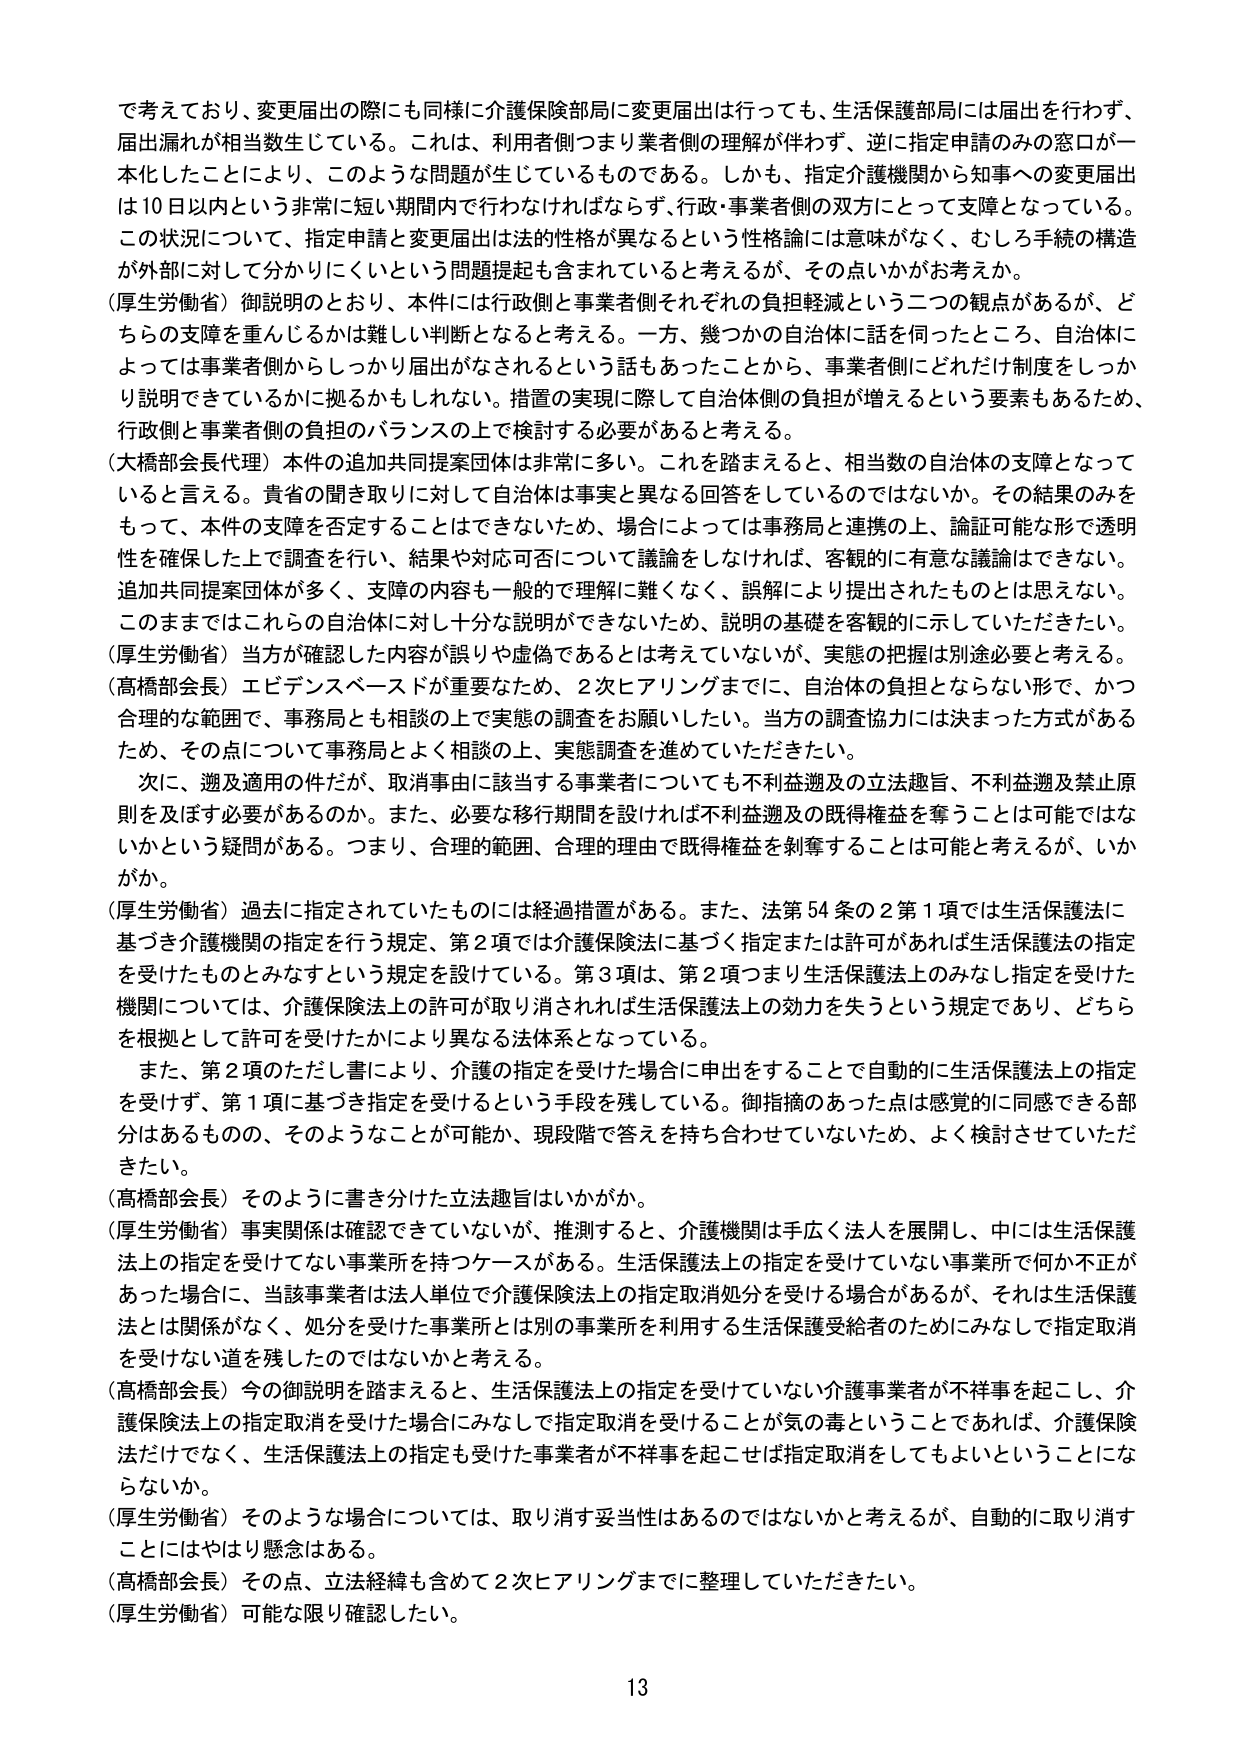
で考えており、変更届出の際にも同様に介護保険部局に変更届出は行っても、生活保護部局には届出を行わず、届出漏れが相当数生じている。これは、利用者側つまり業者側の理解が伴わず、逆に指定申請のみの窓口が一本化したことにより、このような問題が生じているものである。しかも、指定介護機関から知事への変更届出は10日以内という非常に短い期間内で行わなければならないず、行政・事業者側の双方にとって支障となっている。この状況について、指定申請と変更届出は法的性質が異なるという性格論には意味がなく、むしろ手続の構造が外部に対して分かりにくいという問題提起も含まれていると考えるが、その点いかがお考えか。

（厚生労働省）御説明のとおり、本件には行政側と事業者側それぞれの負担軽減という二つの観点があるが、どちららの支障を重んじるかは難しい判断となると考える。一方、幾つかの自治体に話を伺ったところ、自治体によっては事業者側からしっかり届出がなされるという話もあったことから、事業者側にどれだけ制度をしっかり説明できているかに拠るかもしれない。措置の実現に際して自治体側の負担が増えるという要素もあるため、行政側と事業者側の負担のバランスの上で検討する必要があると考える。

（大橋部会長代理）本件の追加共同提案団体は非常に多い。これを踏まえると、相当数の自治体の支障となっていると言える。貴省の聞き取りに対して自治体は事実と異なる回答をしているのではないか。その結果のみをもって、本件の支障を否定することはできないため、場合によっては事務局と連携の上、論証可能な形で透明性を確保した上で調査を行い、結果や対応可否について議論をしなければ、客観的に有意な議論はできない。追加共同提案団体が多く、支障の内容も一般的で理解に難くなく、誤解により提出されたものとは思えない。このままではこれらの自治体に対し十分な説明ができないため、説明の基礎を客観的に示していただきたい。

（厚生労働省）当方が確認した内容が誤りや虚偽であるとは考えていないが、実態の把握は別途必要と考える。

（高橋部会長）エビデンスベースが重要なため、2次ヒアリングまでに、自治体の負担とならない形で、かつ合理的な範囲で、事務局とも相談の上で実態の調査をお願いしたい。当方の調査協力には決まった方式があるため、その点について事務局とよく相談の上、実態調査を進めていただきたい。

次に、遡及適用の件だが、取消事由に該当する事業者についても不利益遡及の立法趣旨、不利益遡及禁止原則を及ぼす必要があるのか。また、必要な移行期間を設ければ不利益遡及の既得権益を奪うことは可能ではないかという疑問がある。つまり、合理的範囲、合理的理由で既得権益を剝奪することは可能と考えるが、いかがか。

（厚生労働省）過去に指定されていたものには経過措置がある。また、法第54条の2第1項では生活保護法に基づき介護機関の指定を行う規定、第2項では介護保険法に基づく指定または許可があれば生活保護法の指定を受けたものとみなすという規定を設けている。第3項は、第2項つまり生活保護法上ののみなし指定を受けた機関については、介護保険法上の許可が取り消されれば生活保護法上の効力を失うという規定であり、どちらを根拠として許可を受けたかにより異なる法体系となっている。

また、第2項のただし書により、介護の指定を受けた場合に申出をすることで自動的に生活保護法上の指定を受けず、第1項に基づき指定を受けるという手段を残している。御指摘のあった点は感覚的に同意できる部分はあるものの、そのようなことが可能か、現段階で答えを持ち合わせていないため、よく検討させていただきたい。

（高橋部会長）そのように書き分けた立法趣旨はいかがか。

（厚生労働省）事実関係は確認できていないが、推測すると、介護機関は手広く法人を展開し、中には生活保護法上の指定を受けていない事業所を持つケースがある。生活保護法上の指定を受けていない事業所で何か不正があった場合に、当該事業者は法人単位で介護保険法上の指定取消処分を受ける場合があるが、それは生活保護法とは関係がなく、処分を受けた事業所とは別の事業所を利用する生活保護受給者のためにみなして指定取消を受けない道を残したのではないのかと考える。

（高橋部会長）今の御説明を踏まえると、生活保護法上の指定を受けていない介護事業者が不祥事を起こし、介護保険法上の指定取消を受けた場合にみなして指定取消を受けることが気の毒ということであれば、介護保険法だけでなく、生活保護法上の指定も受けた事業者が不祥事を起こせば指定取消をしてもらいたいということにならないか。

（厚生労働省）そのような場合については、取り消す妥当性はあるのではないかと考えるが、自動的に取り消すことにはやはり懸念はある。

（高橋部会長）その点、立法経緯も含めて2次ヒアリングまでに整理していただきたい。

（厚生労働省）可能な限り確認したい。

13